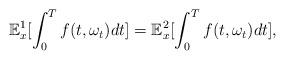
LaTeX: \begin{align*}\mathbb E_x^1[\int_0^T f(t,\omega_t)dt]=\mathbb E_x^2[\int_0^T f(t,\omega_t)dt],\end{align*}